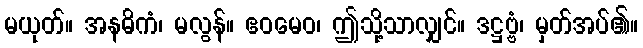
မယုတ်။ အနဓိကံ၊ မလွန်။ ဧဝမေဝ၊ ဤသို့သာလျှင်။ ဒဋ္ဌဗ္ဗံ၊ မှတ်အပ်၏။